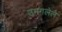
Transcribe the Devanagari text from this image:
उमगलेले